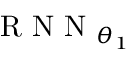
\mathrm { ~ R ~ N ~ N ~ } _ { \theta _ { 1 } }